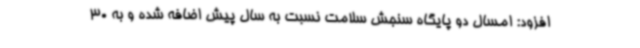
افزود: امسال دو پایگاه سنجش سلامت نسبت به سال پیش اضافه شده و به 30